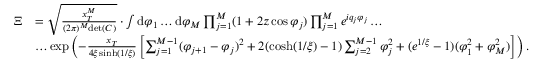
\begin{array} { r l } { \Xi } & { = \sqrt { \frac { x _ { T } ^ { M } } { ( 2 \pi ) ^ { M } \mathrm { d e t } ( C ) } } \cdot \int \mathrm { d } \varphi _ { 1 } \dots \mathrm { d } \varphi _ { M } \prod _ { j = 1 } ^ { M } ( 1 + 2 z \cos \varphi _ { j } ) \prod _ { j = 1 } ^ { M } e ^ { i q _ { j } \varphi _ { j } } \dots } \\ & { \dots \exp \left( - \frac { x _ { T } } { 4 \xi \sinh ( 1 / \xi ) } \left[ \sum _ { j = 1 } ^ { M - 1 } ( \varphi _ { j + 1 } - \varphi _ { j } ) ^ { 2 } + 2 ( \cosh ( 1 / \xi ) - 1 ) \sum _ { j = 2 } ^ { M - 1 } \varphi _ { j } ^ { 2 } + ( e ^ { 1 / \xi } - 1 ) ( \varphi _ { 1 } ^ { 2 } + \varphi _ { M } ^ { 2 } ) \right] \right) . } \end{array}